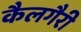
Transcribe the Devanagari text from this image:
कैलगैरी